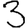
Digit: 3